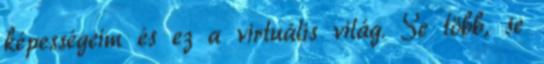
képességeim és ez a virtuális világ. Se több, se